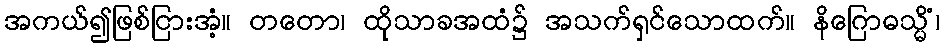
အကယ်၍ဖြစ်ငြားအံ့။ တတော၊ ထိုသာခအထံ၌ အသက်ရှင်သောထက်။ နိဂြောဓသ္မိံ၊